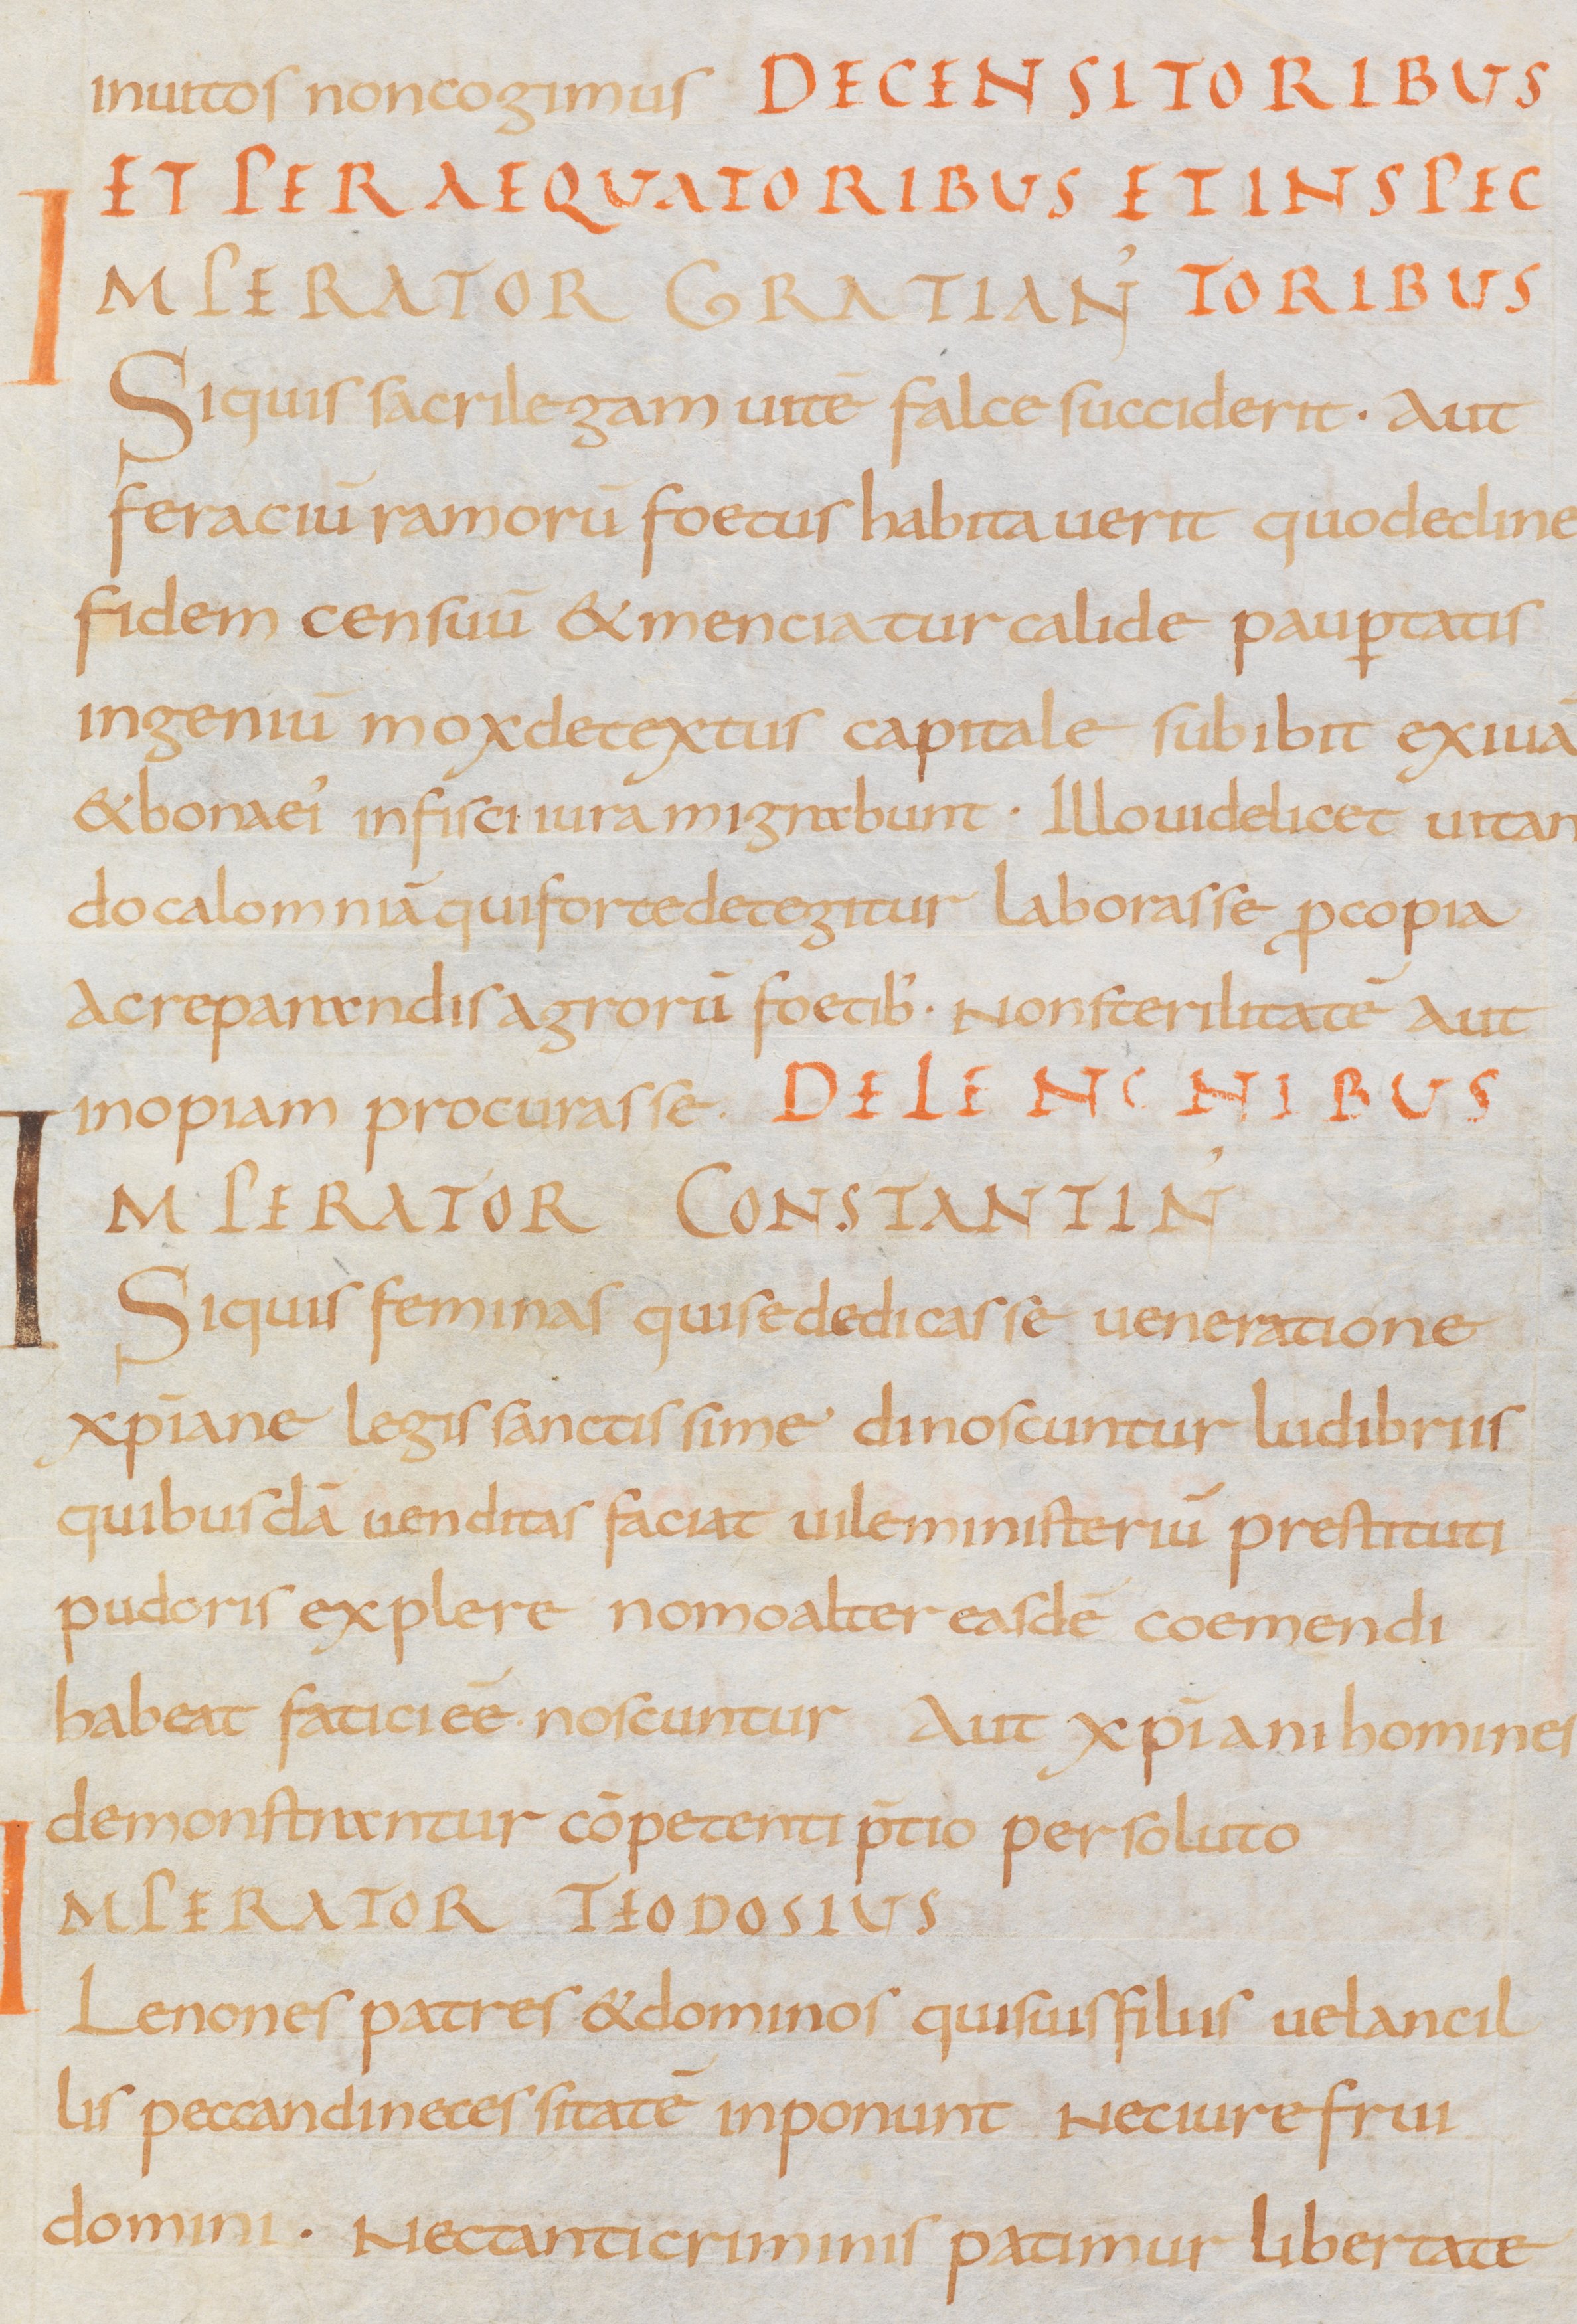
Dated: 875–899